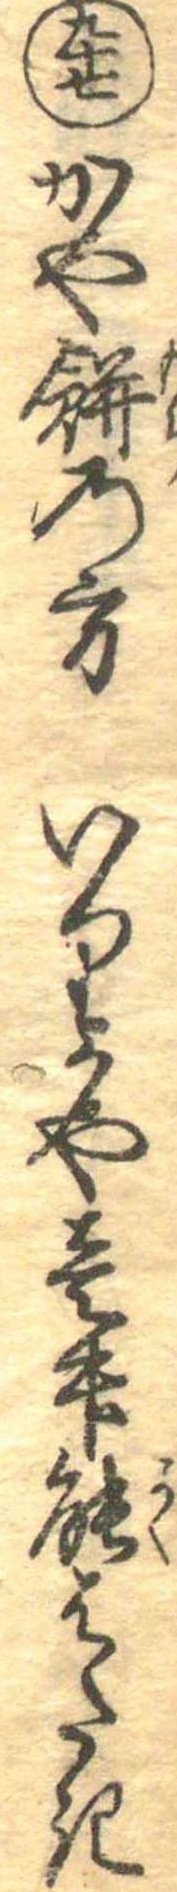
九十七かや餅の方いりかや壱升能はたき